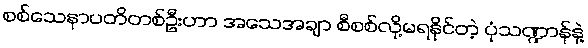
စစ်သေနာပတိတစ်ဦးဟာ အသေအချာ စီစစ်လို့မရနိုင်တဲ့ ပုံသဏ္ဍာန်နဲ့